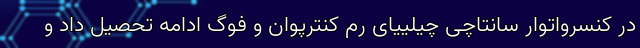
در کنسرواتوار سانتاچی چیلییای رم کنترپوان و فوگ ادامه تحصیل داد و